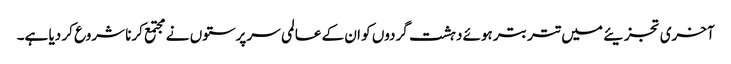
آخری تجزیئے میں تتر بتر ہوئے دہشت گردوں کو ان کے عالمی سرپرستوں نے مجتمع کرنا شروع کر دیا ہے۔